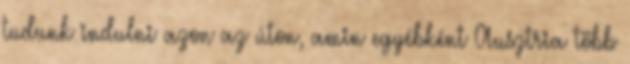
tudunk indulni azon az úton, amin egyébként Ausztria több